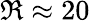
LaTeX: \Re\approx 20